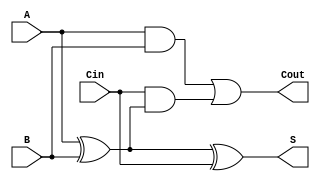
module full_adder (
    input A,
    input B,
    input Cin,
    output S,
    output Cout
);
    assign S = A ^ B ^ Cin;          // Sum
    assign Cout = (A & B) | (Cin & (A ^ B)); // Carry Out
endmodule